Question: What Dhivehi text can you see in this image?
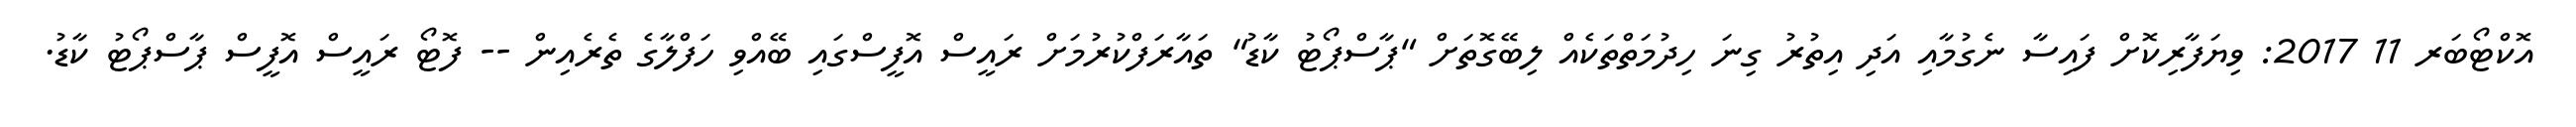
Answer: އޮކްޓޯބަރ 11 2017: ވިޔަފާރިކޮށް ފައިސާ ނެގުމާއި އަދި އިތުރު ގިނަ ހިދުމަތްތަކެއް ލިބޭގޮތަށް "ޕާސްޕޯޓު ކާޑު" ތައާރަފްކުރުމަށް ރައީސް އޮފީސްގައި ބޭއްވި ހަފްލާގެ ތެރެއިން -- ފޮޓޯ ރައީސް އޮފީސް ޕާސްޕޯޓު ކާޑު.